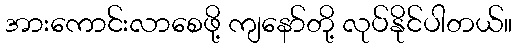
အားကောင်းလာစေဖို့ ကျနော်တို့ လုပ်နိုင်ပါတယ်။